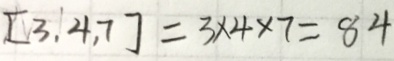
[ 3 , 4 , 7 ] = 3 \times 4 \times 7 = 8 4